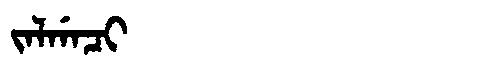
Manchu: ᠵᠠᠯᡤᠠᠴᡳ
Romanization: JALGACI